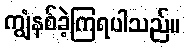
ကျွံနစ်ခဲ့ကြရပါသည်။